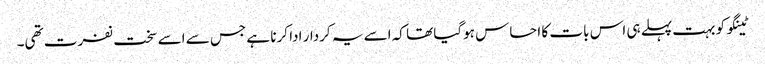
ٹینگو کو بہت پہلے ہی اس بات کا احساس ہوگیا تھا کہ اسے یہ کردار ادا کرنا ہے جس سے اسے سخت نفرت تھی۔